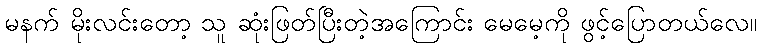
မနက် မိုးလင်းတော့ သူ ဆုံးဖြတ်ပြီးတဲ့အကြောင်း မေမေ့ကို ဖွင့်ပြောတယ်လေ။